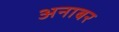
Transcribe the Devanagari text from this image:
अनाबर